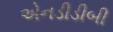
એનડીડીબી